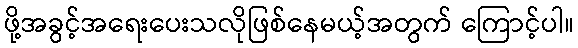
ဖို့အခွင့်အရေးပေးသလိုဖြစ်နေမယ့်အတွက် ကြောင့်ပါ။